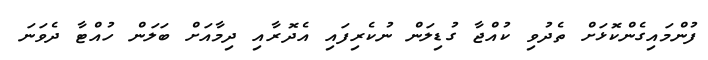
ފުންމައިގެންކޮޅަށް ތެދުވި ކުއްޖާ ގުޑިލަން ނުކެރިފައި އެދޮރާއި ދިމާއަށް ބަލަން ހުއްޓާ ދެވަނަ